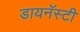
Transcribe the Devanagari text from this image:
डायनॅस्टी